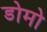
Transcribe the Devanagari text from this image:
डोमो